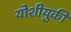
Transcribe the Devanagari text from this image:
योशीयुकी